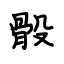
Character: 骰